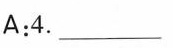
A:4. ___